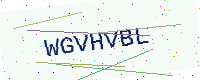
Text: WGVHVBL